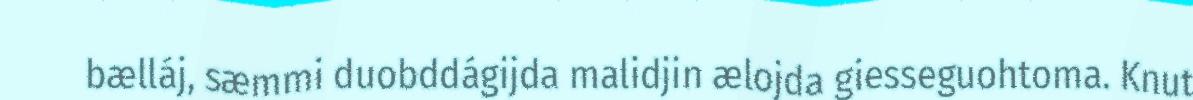
bælláj, sæmmi duobddágijda malidjin ælojda giesseguohtoma. Knut